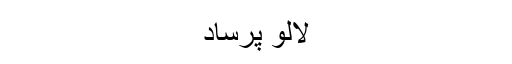
لالو پرساد